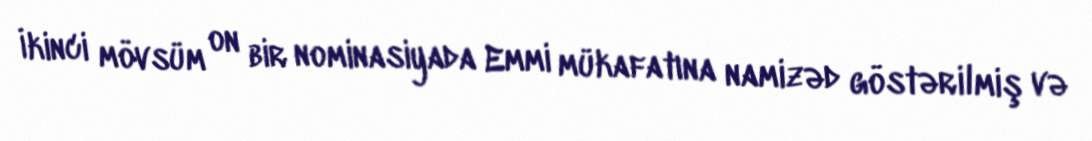
İkinci mövsüm on bir nominasiyada Emmi mükafatına namizəd göstərilmiş və